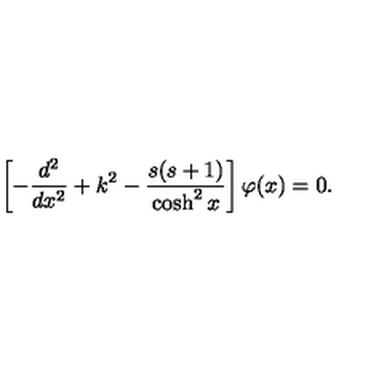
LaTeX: \left[ - \frac { d ^ { 2 } } { d x ^ { 2 } } + k ^ { 2 } - \frac { s ( s + 1 ) } { \cosh ^ { 2 } x } \right] \varphi ( x ) = 0 .